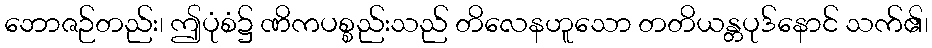
ဘောဇဉ်တည်း၊ ဤပုံစံ၌ ဏိကပစ္စည်းသည် တိလေနဟူသော တတိယန္တပုဒ်နောင် သက်၏၊